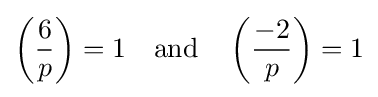
\left({\frac {6}{p}}\right)=1\quad {\mbox{and}}\quad \left({\frac {-2}{p}}\right)=1